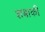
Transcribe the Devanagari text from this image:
शबाकी